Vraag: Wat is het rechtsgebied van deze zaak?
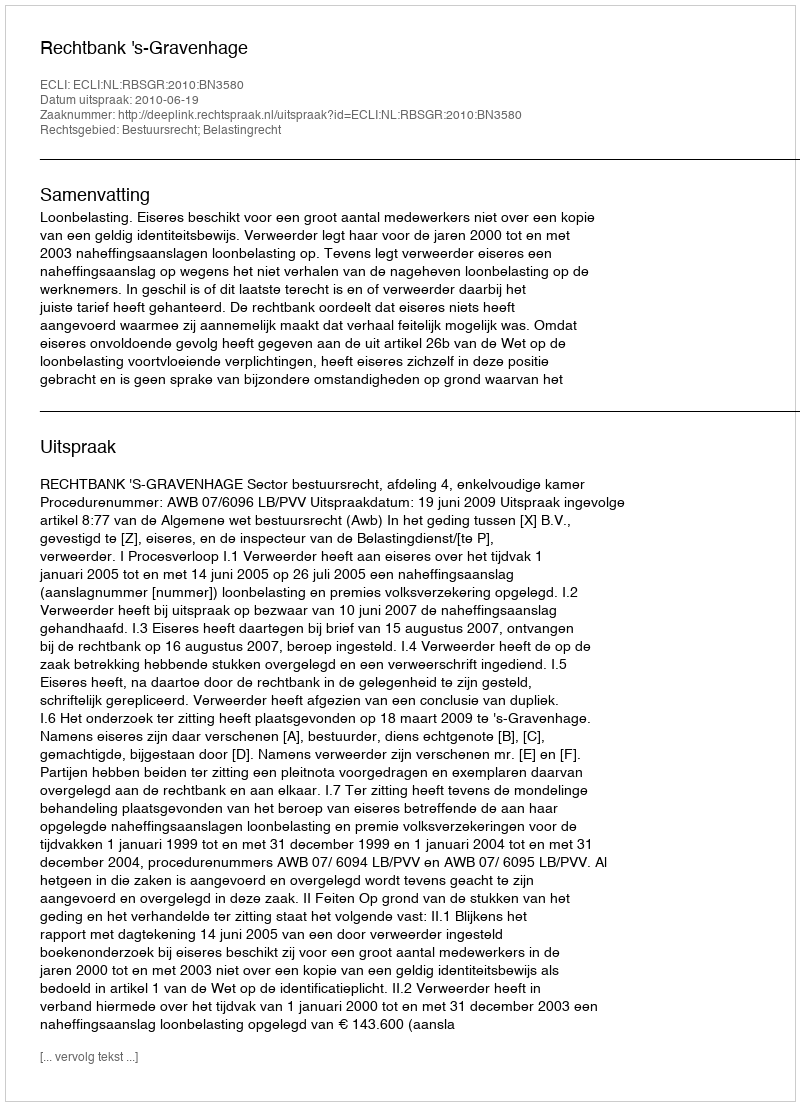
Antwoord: Bestuursrecht; Belastingrecht